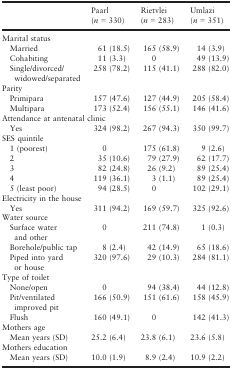
<table><thead><tr><td></td><td><b>Paarl (<i>n</i> = 330)</b></td><td><b>Rietvlei (<i>n</i> = 283)</b></td><td><b>Umlazi (<i>n</i> = 351)</b></td></tr></thead><tbody><tr><td colspan="4">Marital status</td></tr><tr><td> Married</td><td>61 (18.5)</td><td>165 (58.9)</td><td>14 (3.9)</td></tr><tr><td> Cohabiting</td><td>11 (3.3)</td><td>0</td><td>49 (13.9)</td></tr><tr><td> Single/divorced/widowed/separated</td><td>258 (78.2)</td><td>115 (41.1)</td><td>288 (82.0)</td></tr><tr><td colspan="4">Parity</td></tr><tr><td> Primipara</td><td>157 (47.6)</td><td>127 (44.9)</td><td>205 (58.4)</td></tr><tr><td> Multipara</td><td>173 (52.4)</td><td>156 (55.1)</td><td>146 (41.6)</td></tr><tr><td colspan="4">Attendance at antenatal clinic</td></tr><tr><td> Yes</td><td>324 (98.2)</td><td>267 (94.3)</td><td>350 (99.7)</td></tr><tr><td colspan="4">SES quintile</td></tr><tr><td> 1 (poorest)</td><td>0</td><td>175 (61.8)</td><td>9 (2.6)</td></tr><tr><td> 2</td><td>35 (10.6)</td><td>79 (27.9)</td><td>62 (17.7)</td></tr><tr><td> 3</td><td>82 (24.8)</td><td>26 (9.2)</td><td>89 (25.4)</td></tr><tr><td> 4</td><td>119 (36.1)</td><td>3 (1.1)</td><td>89 (25.4)</td></tr><tr><td> 5 (least poor)</td><td>94 (28.5)</td><td>0</td><td>102 (29.1)</td></tr><tr><td colspan="4">Electricity in the house</td></tr><tr><td> Yes</td><td>311 (94.2)</td><td>169 (59.7)</td><td>325 (92.6)</td></tr><tr><td colspan="4">Water source</td></tr><tr><td> Surface water and other</td><td>0</td><td>211 (74.8)</td><td>1 (0.3)</td></tr><tr><td> Borehole/public tap</td><td>8 (2.4)</td><td>42 (14.9)</td><td>65 (18.6)</td></tr><tr><td> Piped into yard or house</td><td>320 (97.6)</td><td>29 (10.3)</td><td>284 (81.1)</td></tr><tr><td colspan="4">Type of toilet</td></tr><tr><td> None/open</td><td>0</td><td>94 (38.4)</td><td>44 (12.8)</td></tr><tr><td> Pit/ventilated improved pit</td><td>166 (50.9)</td><td>151 (61.6)</td><td>158 (45.9)</td></tr><tr><td> Flush</td><td>160 (49.1)</td><td>0</td><td>142 (41.3)</td></tr><tr><td colspan="4">Mothers age</td></tr><tr><td> Mean years (SD)</td><td>25.2 (6.4)</td><td>23.8 (6.1)</td><td>23.6 (5.8)</td></tr><tr><td colspan="4">Mothers education</td></tr><tr><td> Mean years (SD)</td><td>10.0 (1.9)</td><td>8.9 (2.4)</td><td>10.9 (2.2)</td></tr></tbody></table>